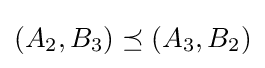
(A_{2},B_{3})\preceq (A_{3},B_{2})